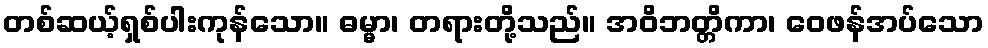
တစ်ဆယ့်ရှစ်ပါးကုန်သော။ ဓမ္မာ၊ တရားတို့သည်။ အဝိဘတ္တိကာ၊ ဝေဖန်အပ်သော